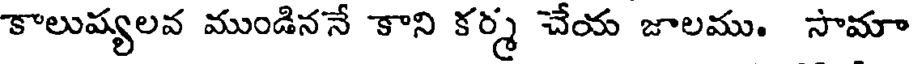
కాలుష్యలవ ముండిననే కాని కర్మ చేయ జాలము. సామా